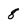
Character: 8